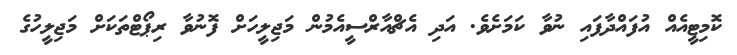
ކޮމިޓީއެއް އުފައްދާފައި ނުވާ ކަަމަށެވެ. އަދި އެޗްއާރްސީއެމުން މަޖިލީހަށް ފޮނުވާ ރިޕޯޓްތަކަށް މަޖިލީހުގެ